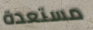
مستعدة